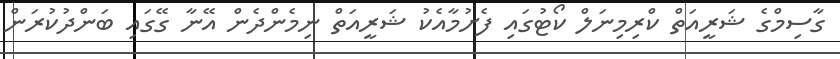
ގާސިމްގެ ޝަރީއަތް ކްރިމިނަލް ކޯޓުގައި ފެށުމާއެކު ޝަރީއަތް ނިމެންދެން އޭނާ ގޭގައި ބަންދުކުރަން